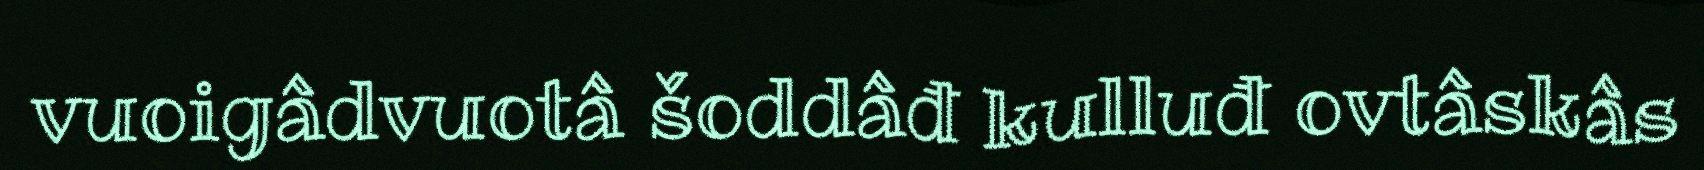
vuoigâdvuotâ šoddâđ kulluđ ovtâskâs